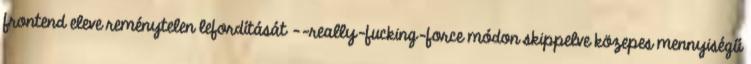
frontend eleve reménytelen lefordítását --really-fucking-force módon skippelve közepes mennyiségű